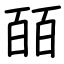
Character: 皕